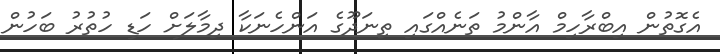
އެގޮތުން އިބްރާހިމް އާންމު ތަނެއްގައި ތިނަދޫގެ އަންހެނަކާ ދިމާލަށް ހަޑި ހުތުރު ބަހުން